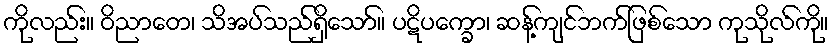
ကိုလည်း။ ဝိညာတေ၊ သိအပ်သည်ရှိသော်။ ပဋိပက္ခော၊ ဆန့်ကျင်ဘက်ဖြစ်သော ကုသိုလ်ကို။